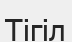
Тігіл